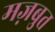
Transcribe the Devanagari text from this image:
मज़बुत